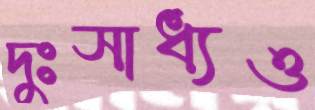
দুঃসাধ্যও